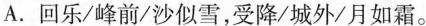
A.回乐/峰前/沙似雪，受降/城外/月如霜。